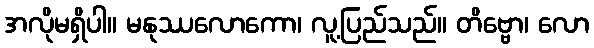
အလိုမရှိပါ။ မနုဿလောကော၊ လူ့ပြည်သည်။ တိဗ္ဗော၊ လော